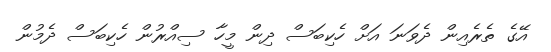
އޭގެ ތެރެއިން ދެވަނަ އަށް ހެކިބަސް ދިން މީހާ ސިއްރުން ހެކިބަސް ދެމުން